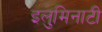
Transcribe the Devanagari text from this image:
इलुमिनाटी